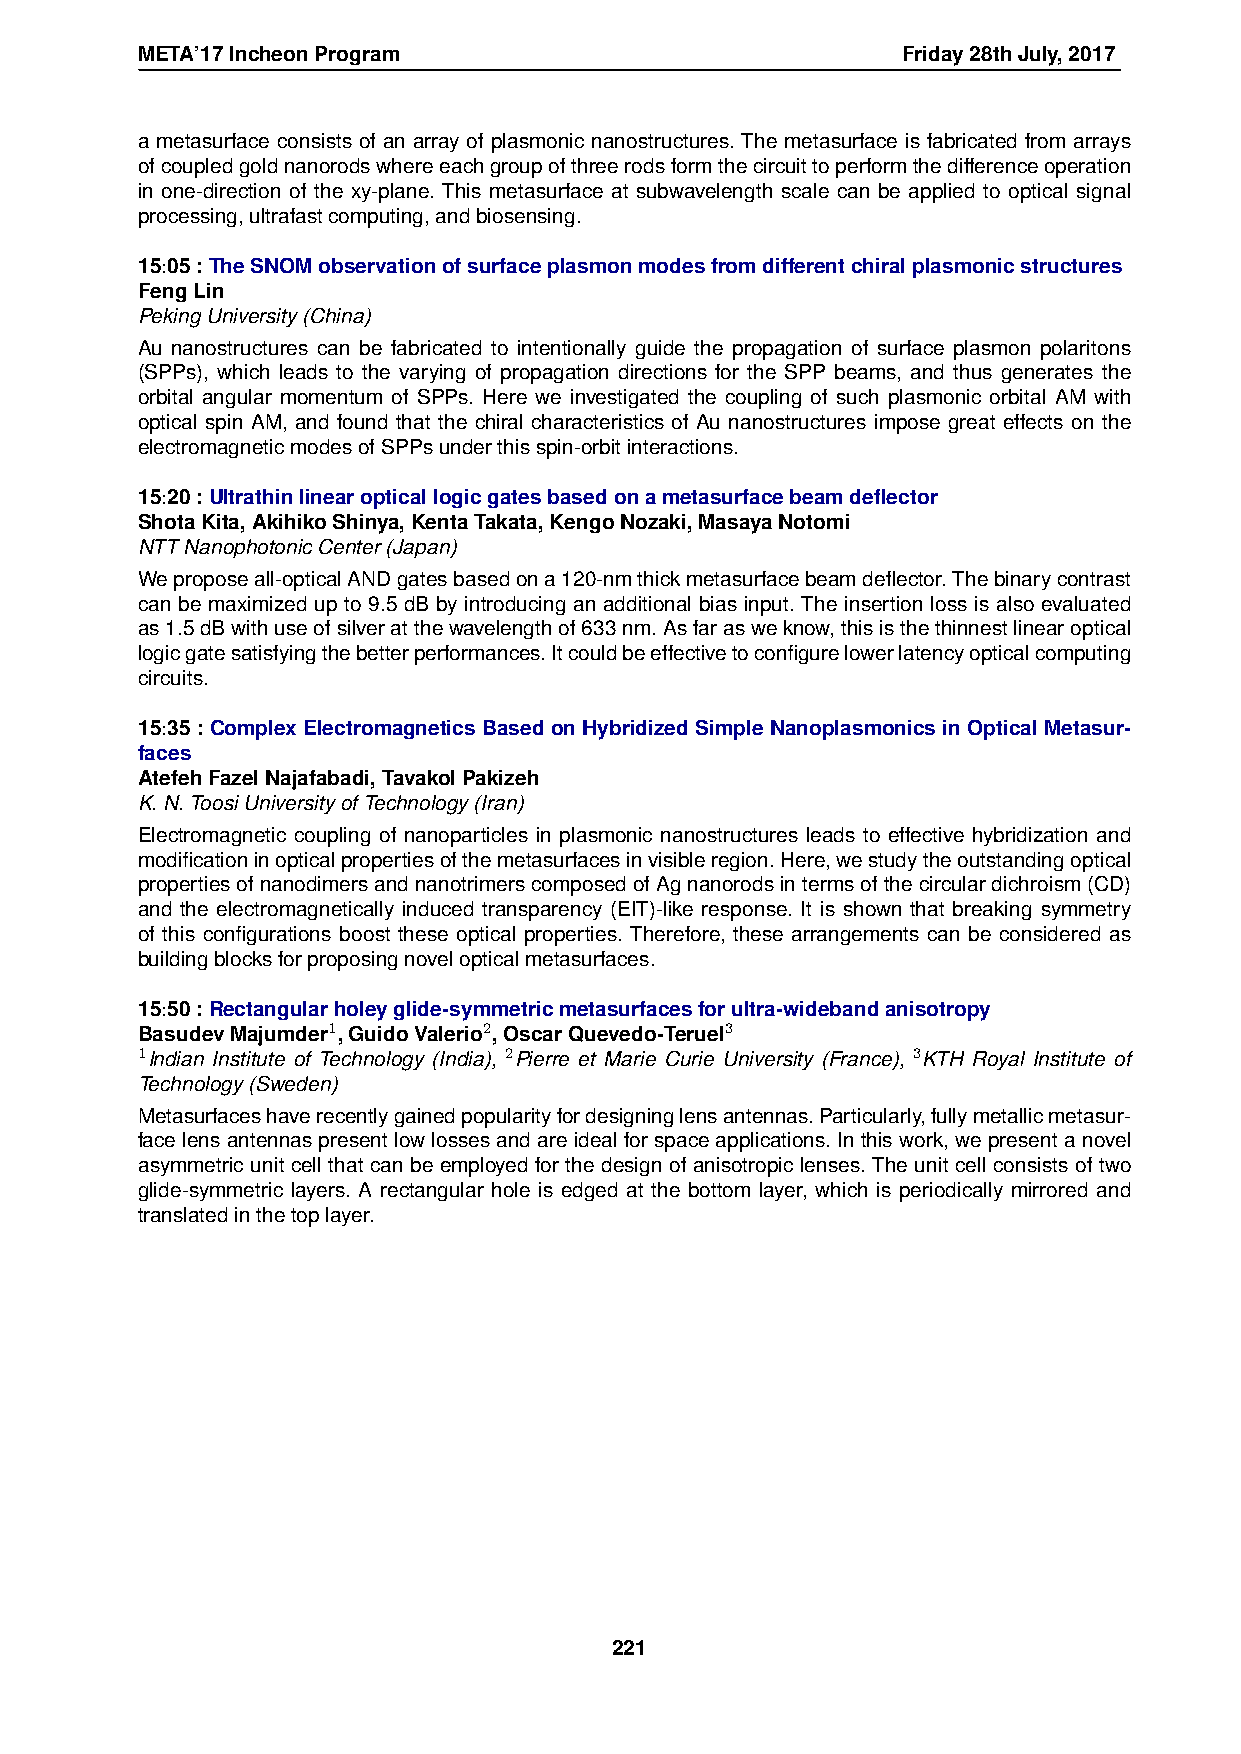
META’17IncheonProgram                              Friday28thJuly,2017
 a metasurface consists of an array of plasmonic nanostructures. The metasurface is fabricated from arrays
 ofcoupledgoldnanorodswhereeachgroupofthreerodsformthecircuittoperformthedifferenceoperation
 in one-direction of the xy-plane. This metasurface at subwavelength scale can be applied to optical signal
 processing,ultrafastcomputing,andbiosensing.
 15:05:TheSNOMobservationofsurfaceplasmonmodesfromdifferentchiralplasmonicstructures
 FengLin
 PekingUniversity(China)
 Au nanostructures can be fabricated to intentionally guide the propagation of surface plasmon polaritons
 (SPPs), which leads to the varying of propagation directions for the SPP beams, and thus generates the
 orbital angular momentum of SPPs. Here we investigated the coupling of such plasmonic orbital AM with
 optical spin AM, and found that the chiral characteristics of Au nanostructures impose great effects on the
 electromagneticmodesofSPPsunderthisspin-orbitinteractions.
 15:20:Ultrathinlinearopticallogicgatesbasedonametasurfacebeamdeflector
 ShotaKita,AkihikoShinya,KentaTakata,KengoNozaki,MasayaNotomi
 NTTNanophotonicCenter(Japan)
 Weproposeall-opticalANDgatesbasedona120-nmthickmetasurfacebeamdeflector.Thebinarycontrast
 can be maximized up to 9.5 dB by introducing an additional bias input. The insertion loss is also evaluated
 as1.5dBwithuseofsilveratthewavelengthof633nm.Asfarasweknow,thisisthethinnestlinearoptical
 logicgatesatisfyingthebetterperformances.Itcouldbeeffectivetoconfigurelowerlatencyopticalcomputing
 circuits.
 15:35 : Complex Electromagnetics Based on Hybridized Simple Nanoplasmonics in Optical Metasur-
 faces
 AtefehFazelNajafabadi,TavakolPakizeh
 K.N.ToosiUniversityofTechnology(Iran)
 Electromagnetic coupling of nanoparticles in plasmonic nanostructures leads to effective hybridization and
 modificationinopticalpropertiesofthemetasurfacesinvisibleregion.Here,westudytheoutstandingoptical
 propertiesofnanodimersandnanotrimerscomposedofAgnanorodsintermsofthecirculardichroism(CD)
 and the electromagnetically induced transparency (EIT)-like response. It is shown that breaking symmetry
 of this configurations boost these optical properties. Therefore, these arrangements can be considered as
 buildingblocksforproposingnovelopticalmetasurfaces.
 15:50:Rectangularholeyglide-symmetricmetasurfacesforultra-widebandanisotropy
 BasudevMajumder1,GuidoValerio2,OscarQuevedo-Teruel3
 1Indian Institute of Technology (India), 2Pierre et Marie Curie University (France), 3KTH Royal Institute of
 Technology(Sweden)
 Metasurfaceshaverecentlygainedpopularityfordesigninglensantennas.Particularly,fullymetallicmetasur-
 face lens antennas present low losses and are ideal for space applications. In this work, we present a novel
 asymmetric unit cell that can be employed for the design of anisotropic lenses. The unit cell consists of two
 glide-symmetric layers. A rectangular hole is edged at the bottom layer, which is periodically mirrored and
 translatedinthetoplayer.
 221